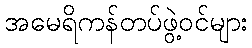
အမေရိကန်တပ်ဖွဲ့ဝင်များ